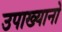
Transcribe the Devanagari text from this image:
उपाख्यानो